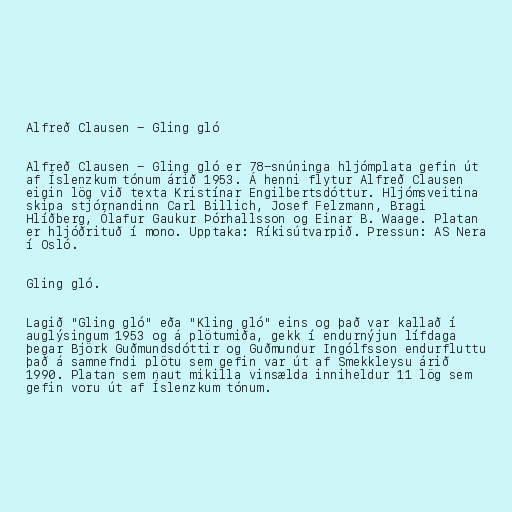
Alfreð Clausen - Gling gló

Alfreð Clausen - Gling gló er 78-snúninga hljómplata gefin út
af Íslenzkum tónum árið 1953. Á henni flytur Alfreð Clausen
eigin lög við texta Kristínar Engilbertsdóttur. Hljómsveitina
skipa stjórnandinn Carl Billich, Josef Felzmann, Bragi
Hlíðberg, Ólafur Gaukur Þórhallsson og Einar B. Waage. Platan
er hljóðrituð í mono. Upptaka: Ríkisútvarpið. Pressun: AS Nera
í Osló.

Gling gló.

Lagið "Gling gló" eða "Kling gló" eins og það var kallað í
auglýsingum 1953 og á plötumiða, gekk í endurnýjun lífdaga
þegar Björk Guðmundsdóttir og Guðmundur Ingólfsson endurfluttu
það á samnefndi plötu sem gefin var út af Smekkleysu árið
1990. Platan sem naut mikilla vinsælda inniheldur 11 lög sem
gefin voru út af Íslenzkum tónum.